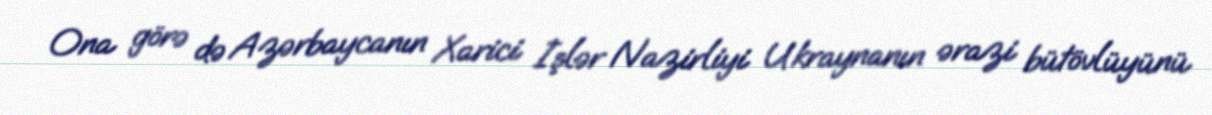
Ona görə də Azərbaycanın Xarici İşlər Nazirliyi Ukraynanın ərazi bütövlüyünü